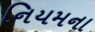
નિયમના